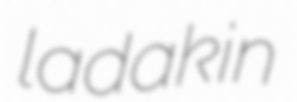
ladakin